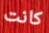
كانت